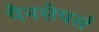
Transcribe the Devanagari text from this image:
पैनसेयर्स